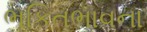
ભકિતભાવના